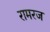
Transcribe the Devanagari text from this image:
रामरज